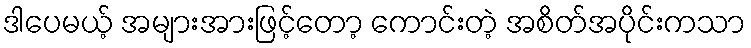
ဒါပေမယ့် အများအားဖြင့်တော့ ကောင်းတဲ့ အစိတ်အပိုင်းကသာ